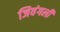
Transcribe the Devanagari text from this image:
जिवंगली